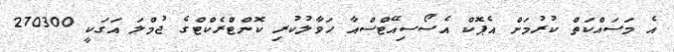
އެ މަސައްކަތް ކުރުމަށް އެޕޮކް އެސޯސިއޭޓްސްއާ ހަވާލުކުރި ކޮންޓްރެކްޓްގެ ޖުމްލަ އަގަކީ 270300